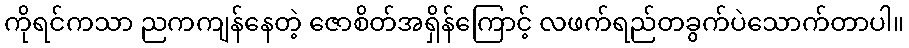
ကိုရင်ကသာ ညကကျန်နေတဲ့ ဇောစိတ်အရှိန်ကြောင့် လဖက်ရည်တခွက်ပဲသောက်တာပါ။